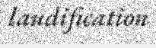
laudification